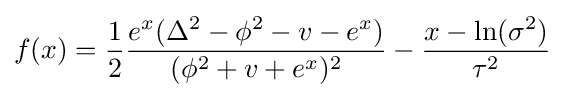
f(x)={\frac {1}{2}}{\frac {e^{x}(\Delta ^{2}-\phi ^{2}-v-e^{x})}{(\phi ^{2}+v+e^{x})^{2}}}-{\frac {x-\ln({\sigma ^{2}})}{\tau ^{2}}}